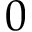
0